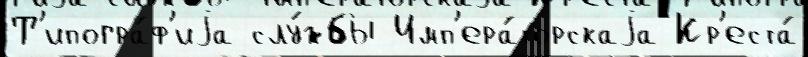
Т'ипогра́ф'иjа слу́жбы Имп'ера́торскаjа Кр'еста́